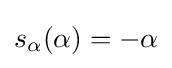
s_{\alpha }(\alpha )=-\alpha